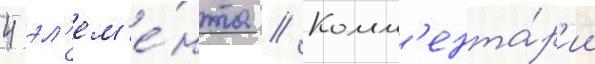
4 эл'ем'е́нта // Комм'ента́р'ии